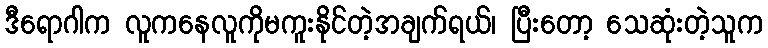
ဒီရောဂါက လူကနေလူကိုမကူးနိုင်တဲ့အချက်ရယ်၊ ပြီးတော့ သေဆုံးတဲ့သူက